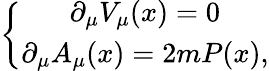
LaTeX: \left\{ \begin{array}{c}{{\partial_{\mu}V_{\mu}(x)=0}}\\ {{\partial_{\mu}A_{\mu}(x)=2mP(x),}}\end{array}\right.